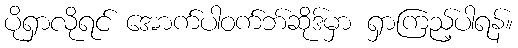
ပိုရှာလိုရင် အောက်ပါဝက်ဘ်ဆိုဒ်မှာ ရှာကြည့်ပါရန်။